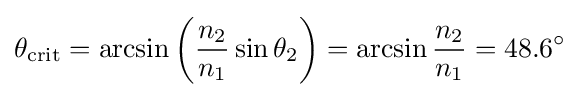
\theta _{\text{crit}}=\arcsin \left({\frac {n_{2}}{n_{1}}}\sin \theta _{2}\right)=\arcsin {\frac {n_{2}}{n_{1}}}=48.6^{\circ }